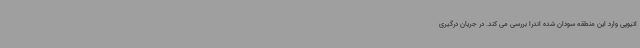
اتیوپی وارد این منطقه سودان شده اندرا بررسی می کند. در جریان درگیری